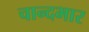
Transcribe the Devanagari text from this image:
चान्दभार